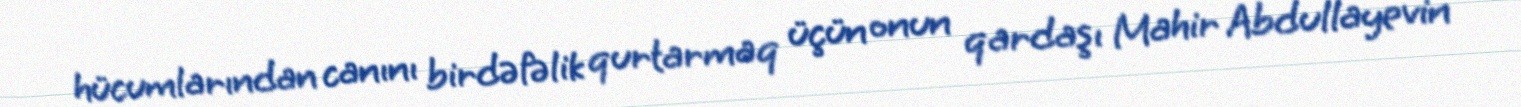
hücumlarından canını birdəfəlik qurtarmaq üçün onun qardaşı Mahir Abdullayevin